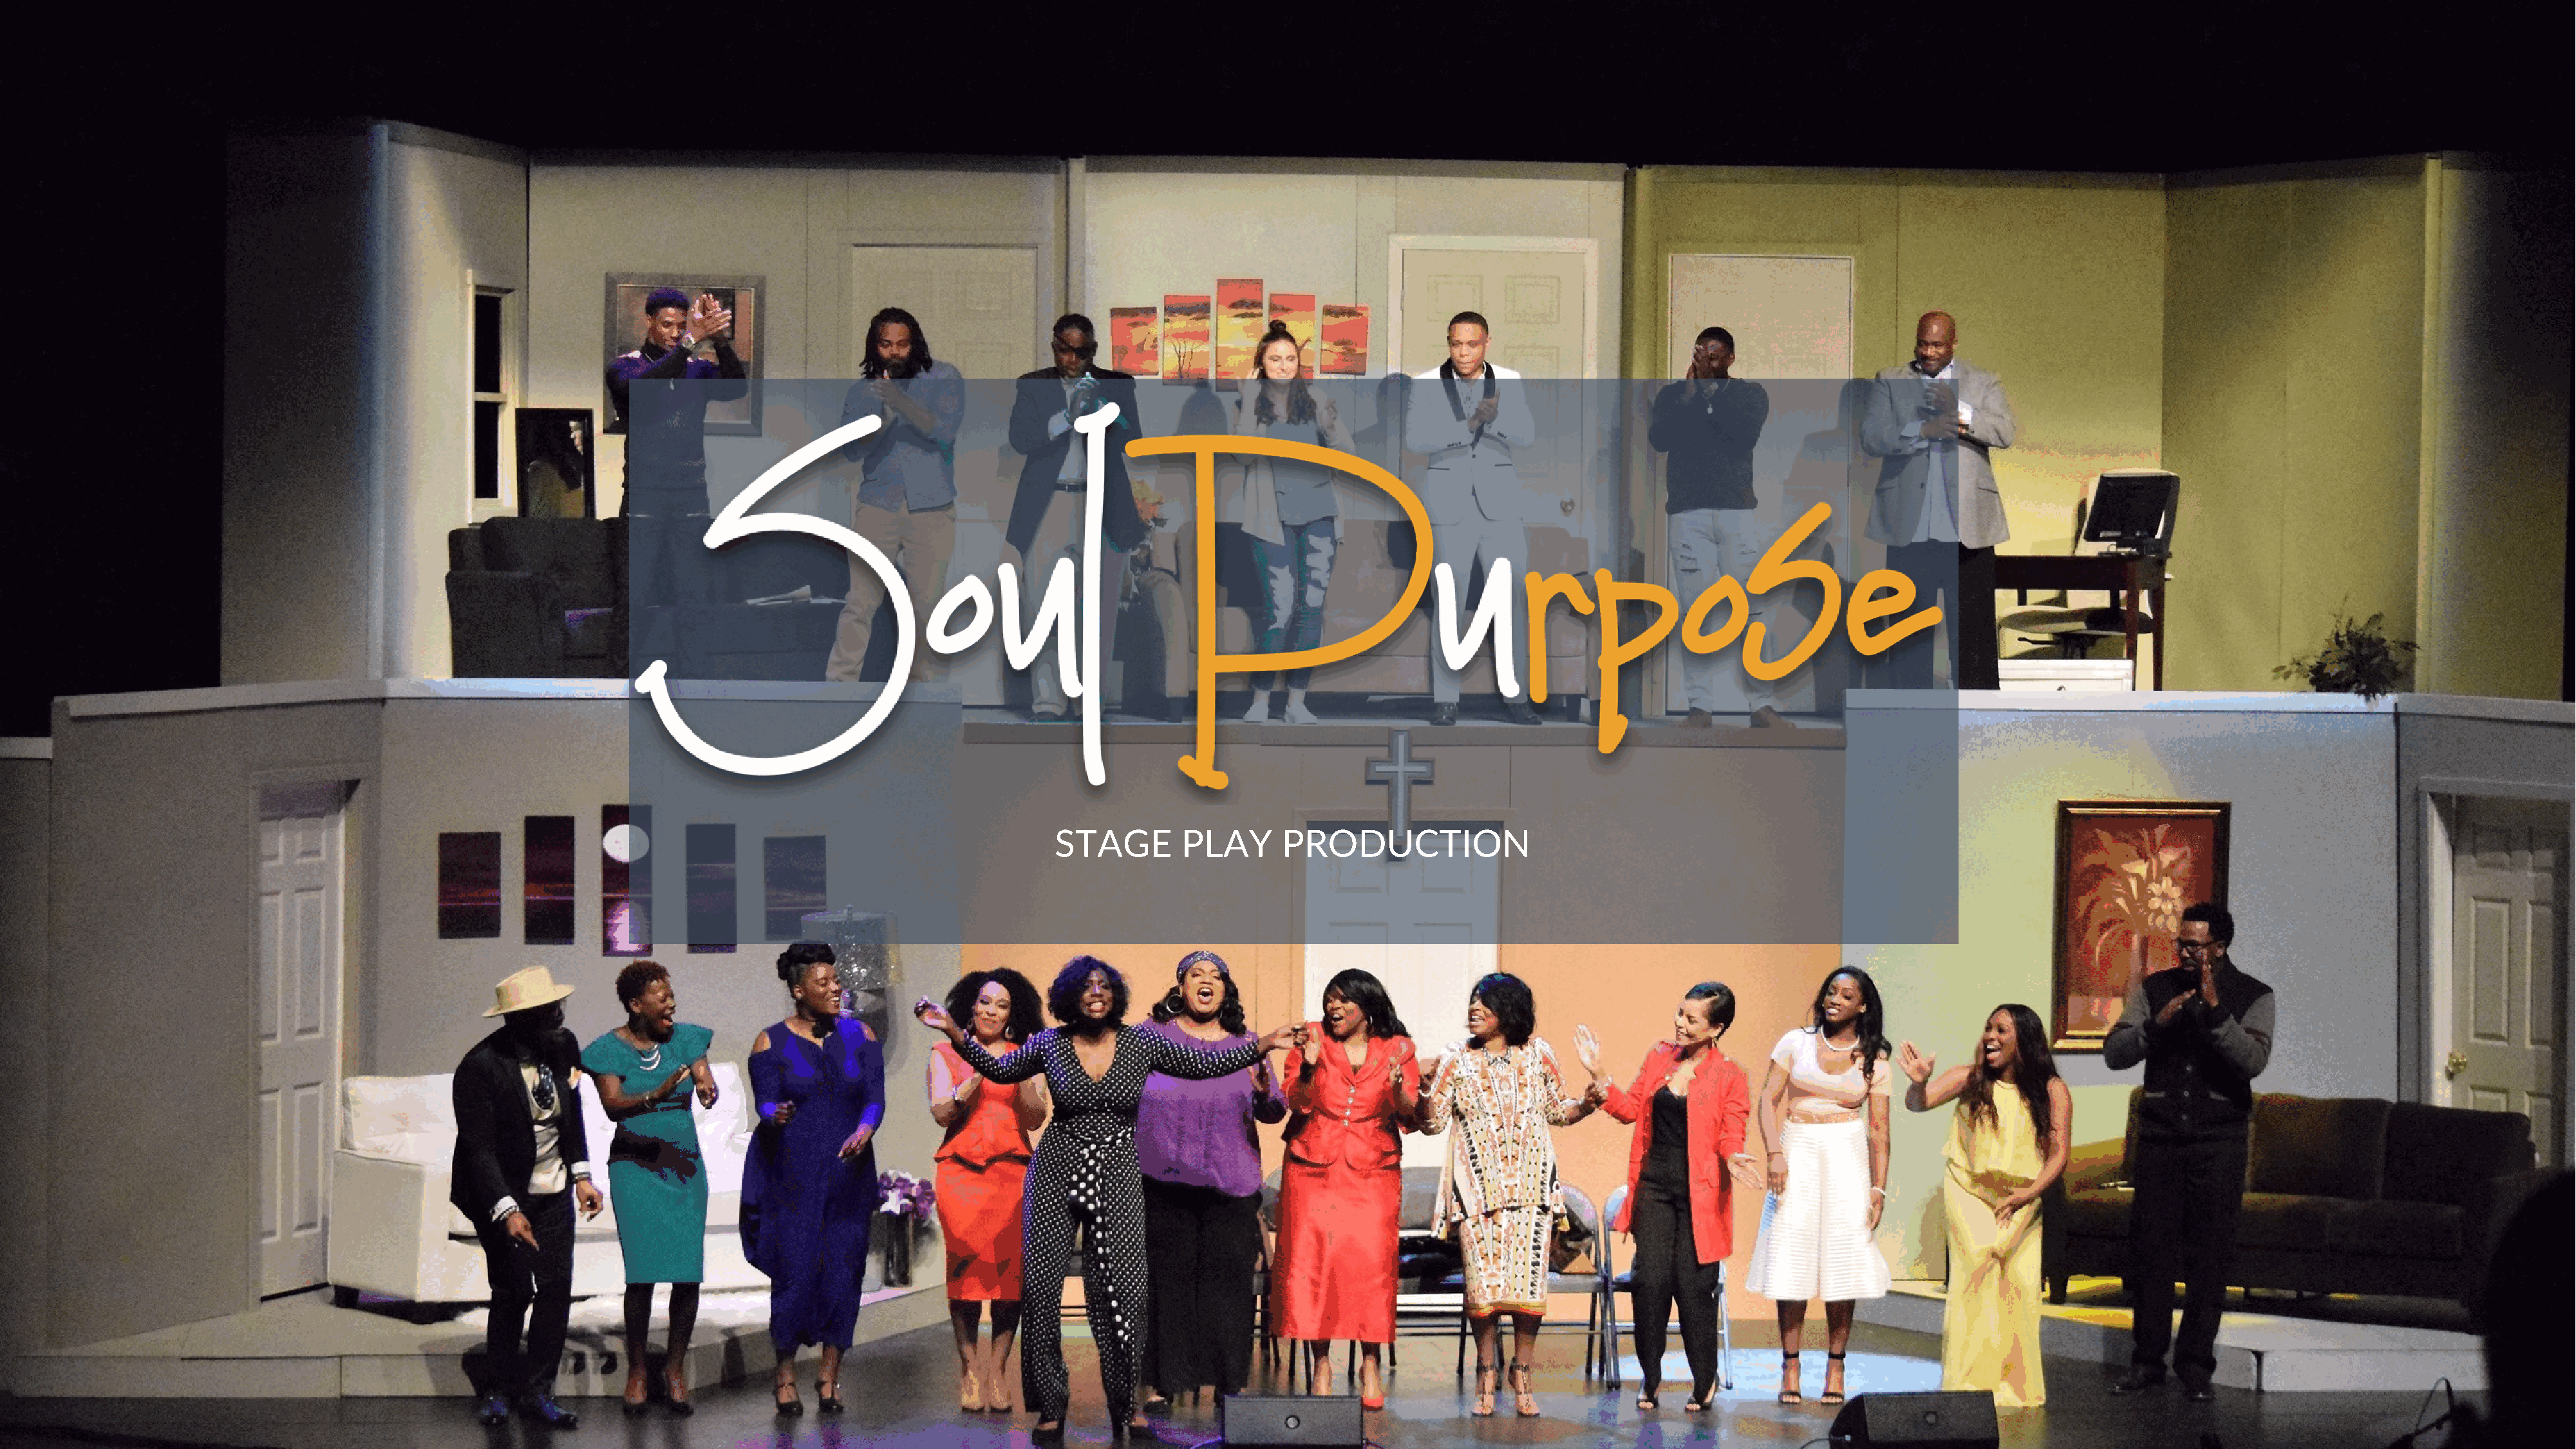
1
 STAGE        PLAY       PRODUCTION
 soulpurposestageplay.com
 ©  2020   Broken   Vessel   Productions.   All Rights  Reserved.